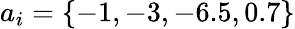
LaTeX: a_{i}=\{ -1,-3,-6.5,0.7\}